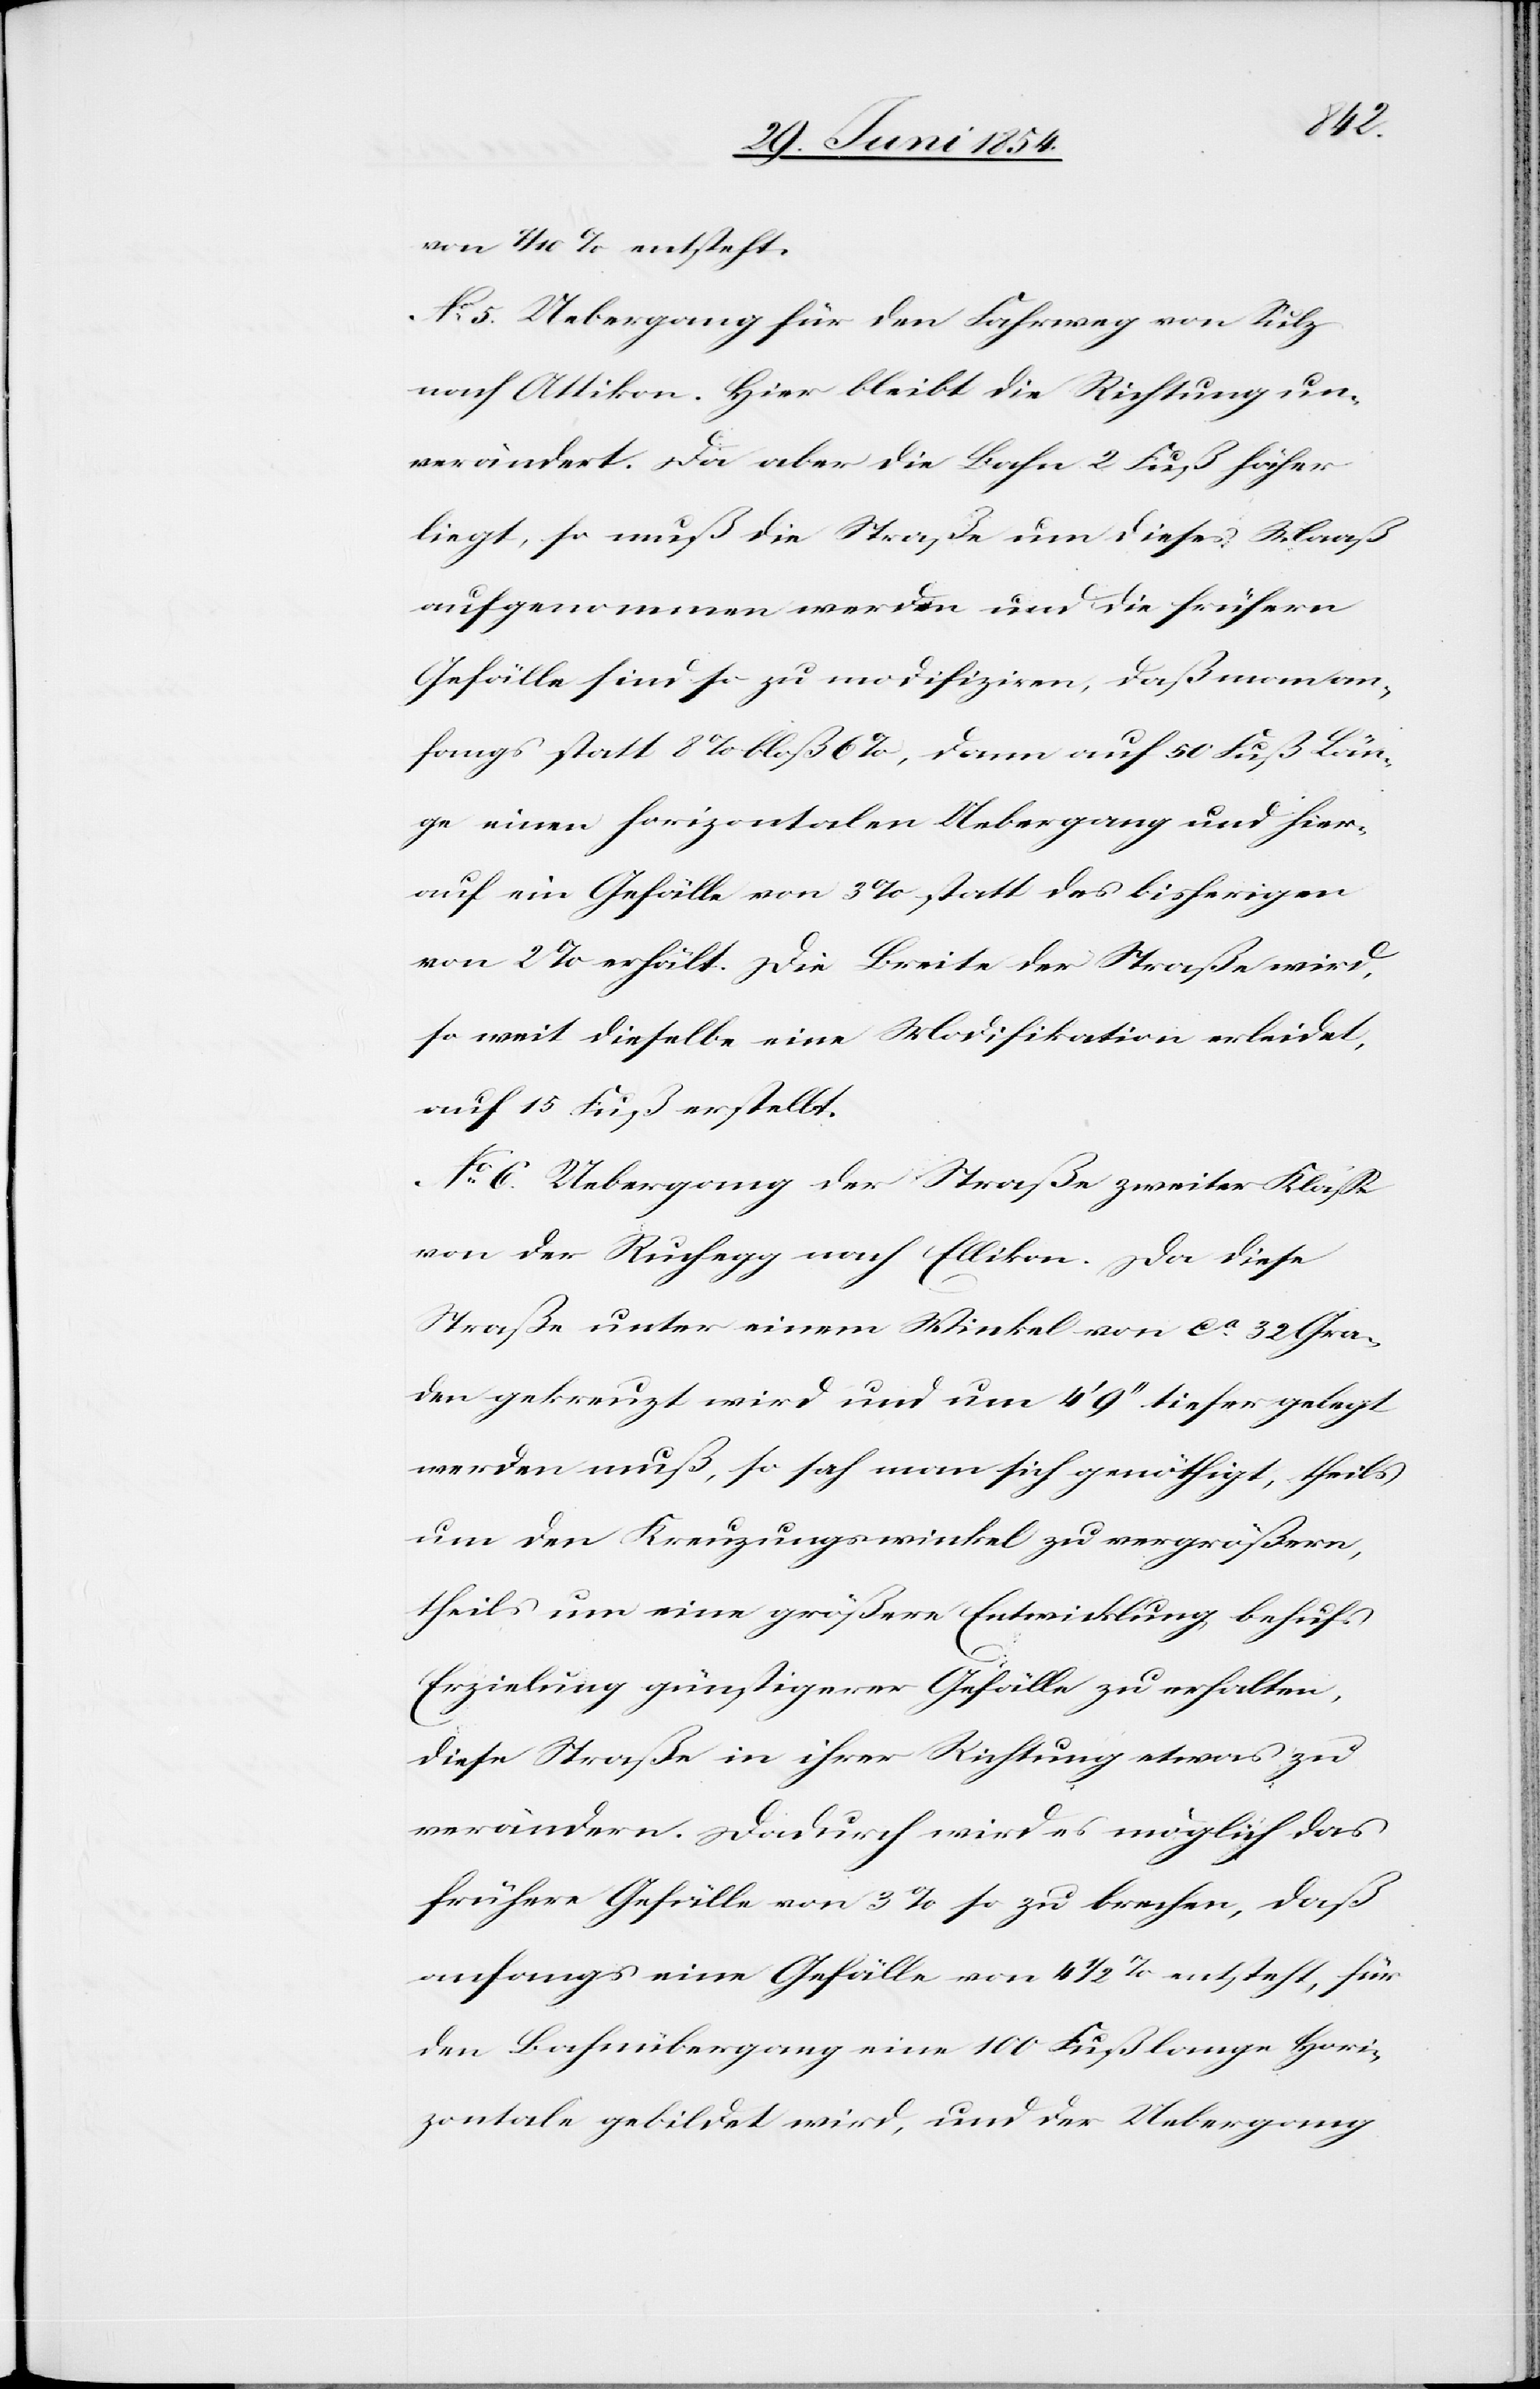
von 7/10 %entsteht.
No 5. Uebergang für den Fahrweg von Sulz
nach Attikon. Hier bleibt die Richtung un¬
verändert. da aber die Bahn 2 Fuß höher
liegt, so muß die Straße um dieses Maaß
aufgenommen werden und die frühern
Gefälle sind so zu modifiziren, daß man an¬
fangs statt 8 % bloß 6 %, dann auf 50 Fuß Län¬
ge einen horizontalen Uebergang und hier¬
auf ein Gefälle von 3 % statt des bisherigen
von 2 % erhält. Die Breite der Straße wird,
so weit dieselbe eine Modifikation erleidet,
auf 15 Fuß erstellt.
No 6. Uebergang der Straße zweiter Klaße
von der Ruchegg nach Ellikon. Da diese
Straße unter einem Winkel von ca 32 Gra¬
den gekreuzt wird und um 4‘ 9‘‘ tiefer gelegt
werden muß, so sah man sich genöthigt, theils
um den Kreuzungswinkel zu vergrößern,
theils um eine größere Entwicklung behufs
Erzielung günstigere Gefälle zu erhalten,
diese Straße in ihrer Richtung etwas zu
verändern. Dadurch wird es möglich das
frühere Gefälle von 3 % so zu brechen, daß
anfangs eine [sic!] Gefälle von 4 1/2 % entsteht, für
den Bahnübergang eine 100 Fuß lange Hori¬
zontale gebildet wird, und der Uebergang